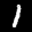
Label: 1